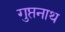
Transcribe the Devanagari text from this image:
गुप्तनाथ